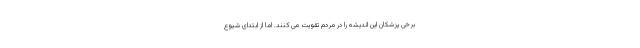
برخی پزشکان این اندیشه را در مردم تقویت می کنند. اما از ابتدای شیوع